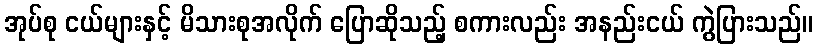
အုပ်စု ငယ်များနှင့် မိသားစုအလိုက် ပြောဆိုသည့် စကားလည်း အနည်းငယ် ကွဲပြားသည်။